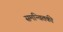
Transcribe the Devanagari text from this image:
समन्वितकी